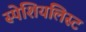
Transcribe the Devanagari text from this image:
स्पेशियलिस्ट